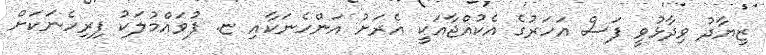
ޒިޔާދު ވިދާޅުވީ ފަސް އަހަރުގެ އެކުއްޖާއަކީ އެރަށު އަންހެނަކާއި ޏ. ފުވައްމުލަކު ފިރިހެނަކަށް